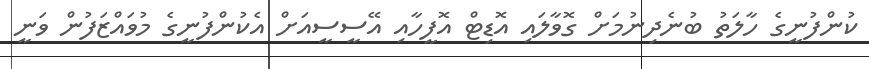
ކުންފުނީގެ ހާލަތު ބުނެދިނުމަށް ގޮވާލައި އޮޑިޓް އޮފީހާއި އޭސީސީއަށް އެކުންފުނީގެ މުވައްޒަފުން ވަނީ